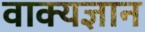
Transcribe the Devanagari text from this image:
वाक्यज्ञान